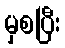
မှစပြီး